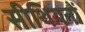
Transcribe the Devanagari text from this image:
सीथियनों